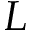
L